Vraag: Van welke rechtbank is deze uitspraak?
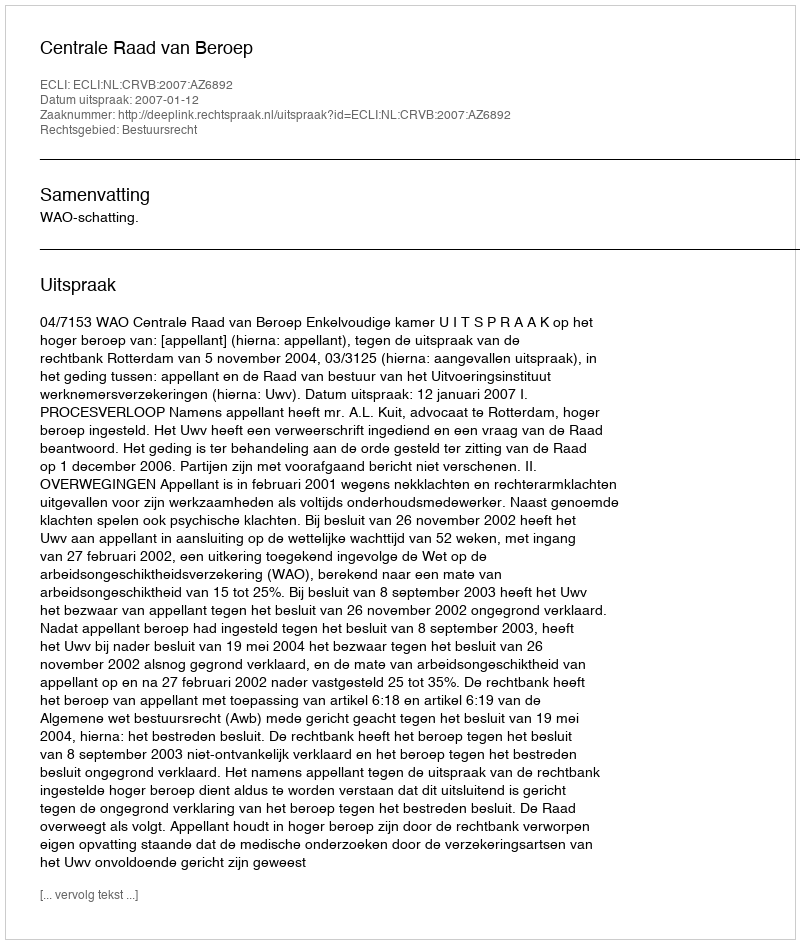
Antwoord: Centrale Raad van Beroep